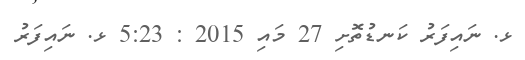
ޅ. ނައިފަރު ކަނޑުތޮށި 27 މައި 2015 : 5:23 ޅ. ނައިފަރު